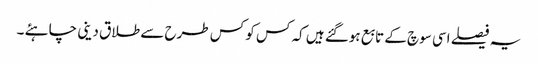
یہ فیصلے اسی سوچ کے تابع ہوگئے ہیں کہ کس کو کس طرح سے طلاق دینی چاہئے ۔